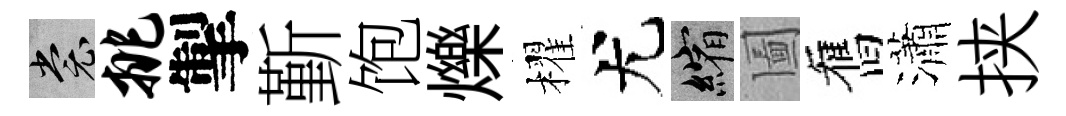
裳挑掣斳饱爍櫂尤縮圗舊瀟挟